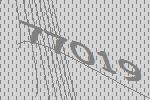
77019